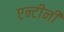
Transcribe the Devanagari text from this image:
एन्टीनी